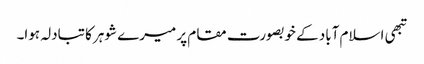
تبھی اسلام آباد کے خوبصورت مقام پر میرے شوہر کا تبادلہ ہوا۔